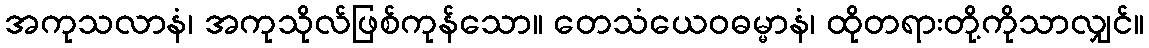
အကုသလာနံ၊ အကုသိုလ်ဖြစ်ကုန်သော။ တေသံယေဝဓမ္မာနံ၊ ထိုတရားတို့ကိုသာလျှင်။